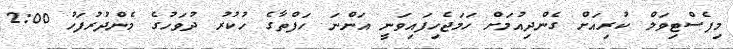
މިފެސްޓިވަލް ކުރިއަށް ގެންދިއުމަށް ހަމަޖެހިފައިވަނީ އަންނަ ހަފްތާގެ ހުކުރު ދުވަހުގެ މެންދުރުފަހު 2:00